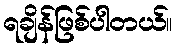
ရချိန်ဖြစ်ပါတယ်။